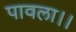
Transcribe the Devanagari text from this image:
पावला।।